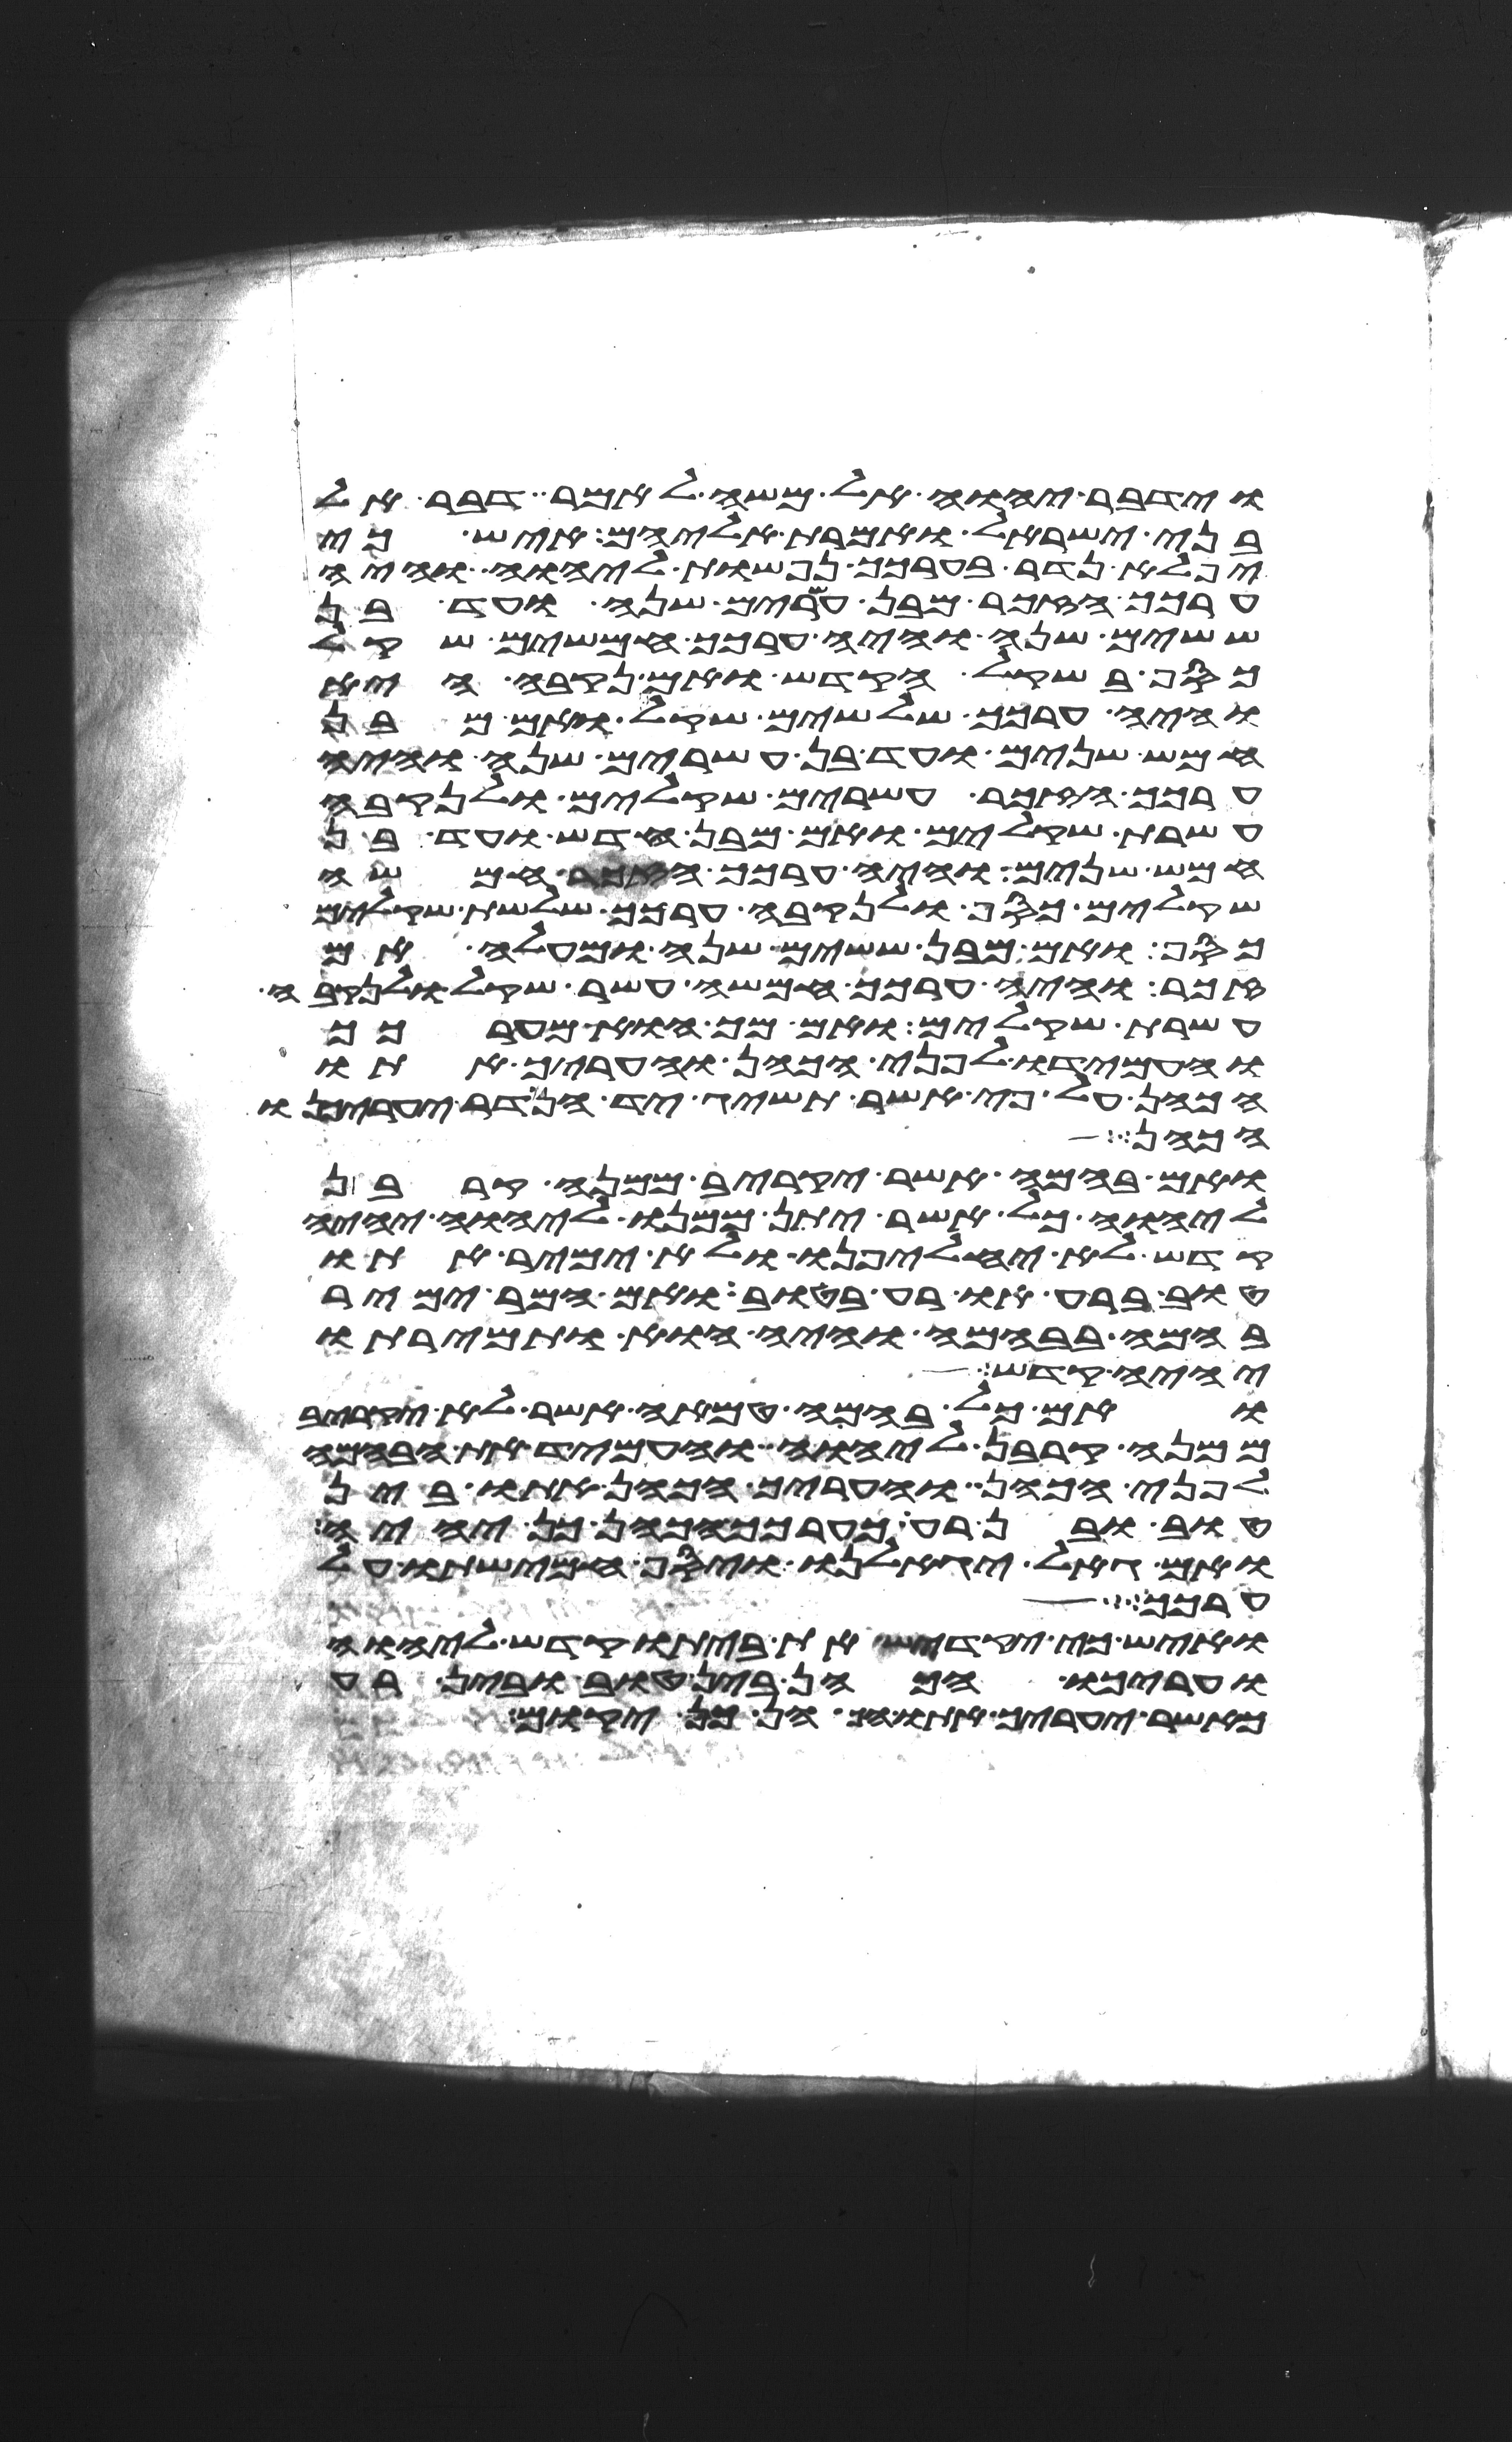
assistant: וידבר יהוה אל משה לאמר דבר אל
בני ישראל ואמרת אליהם איש כי
יפלא נדר בערכך נפשות ליהוה והיה
ערכך הזכר מבן עשרים שנה ועד בן
ששים שנה והיה ערכך חמשים שקל
כסף בשקל הקדש ואם נקבה היא
והיה ערכך שלשים שקל ואם מבן
חמש שנים ועד בן עשרים שנה והיה
ערכך הזכר עשרים שקלים ולנקבה
עשרת שקלים ואם מבן חדש ועד בן
חמש שנים והיה ערכך הזכר חמשה
שקלים כסף ולנקבה ערכך שלשת שקלים
כסף ואם מבן ששים שנה ומעלה אם
זכר והיה ערכך חמשה עשר שקל ולנקבה
עשרת שקלים ואם מך הוא מערכך
והעמידו לפני הכהן והעריך אתו
הכהן על פי אשר תשיג יד הנדר יעריכנו
הכהן
ואם בהמה אשר יקריב ממנה קרבן
ליהוה כל אשר יתן ממנו ליהוה יהיה
קדש לא יחלפנו ולא ימיר אתו
טוב ברע או רע בטוב ואם המר ימיר
בהמה בבהמה והיה הוא ותמירתו
יהיה קדש
ואם כל בהמה טמאה אשר לא יקריב
ממנה קרבן ליהוה והעמיד את הבהמה
לפני הכהן והעריך הכהן אתו בין
טוב ובין רע כערכך הכהן כן יהיה
ואם גאל יגאלנו ויסף חמישתו על
ערכך
ואיש כי יקדיש את ביתו קדש ליהוה
והעריכו הכהן בין טוב ובין רע
כאשר יעריך אתו הכהן כן יקום